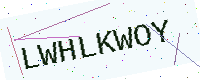
Text: LWHLKWOY